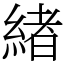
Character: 緖